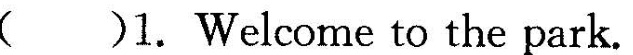
( )1. Welcome to the park.